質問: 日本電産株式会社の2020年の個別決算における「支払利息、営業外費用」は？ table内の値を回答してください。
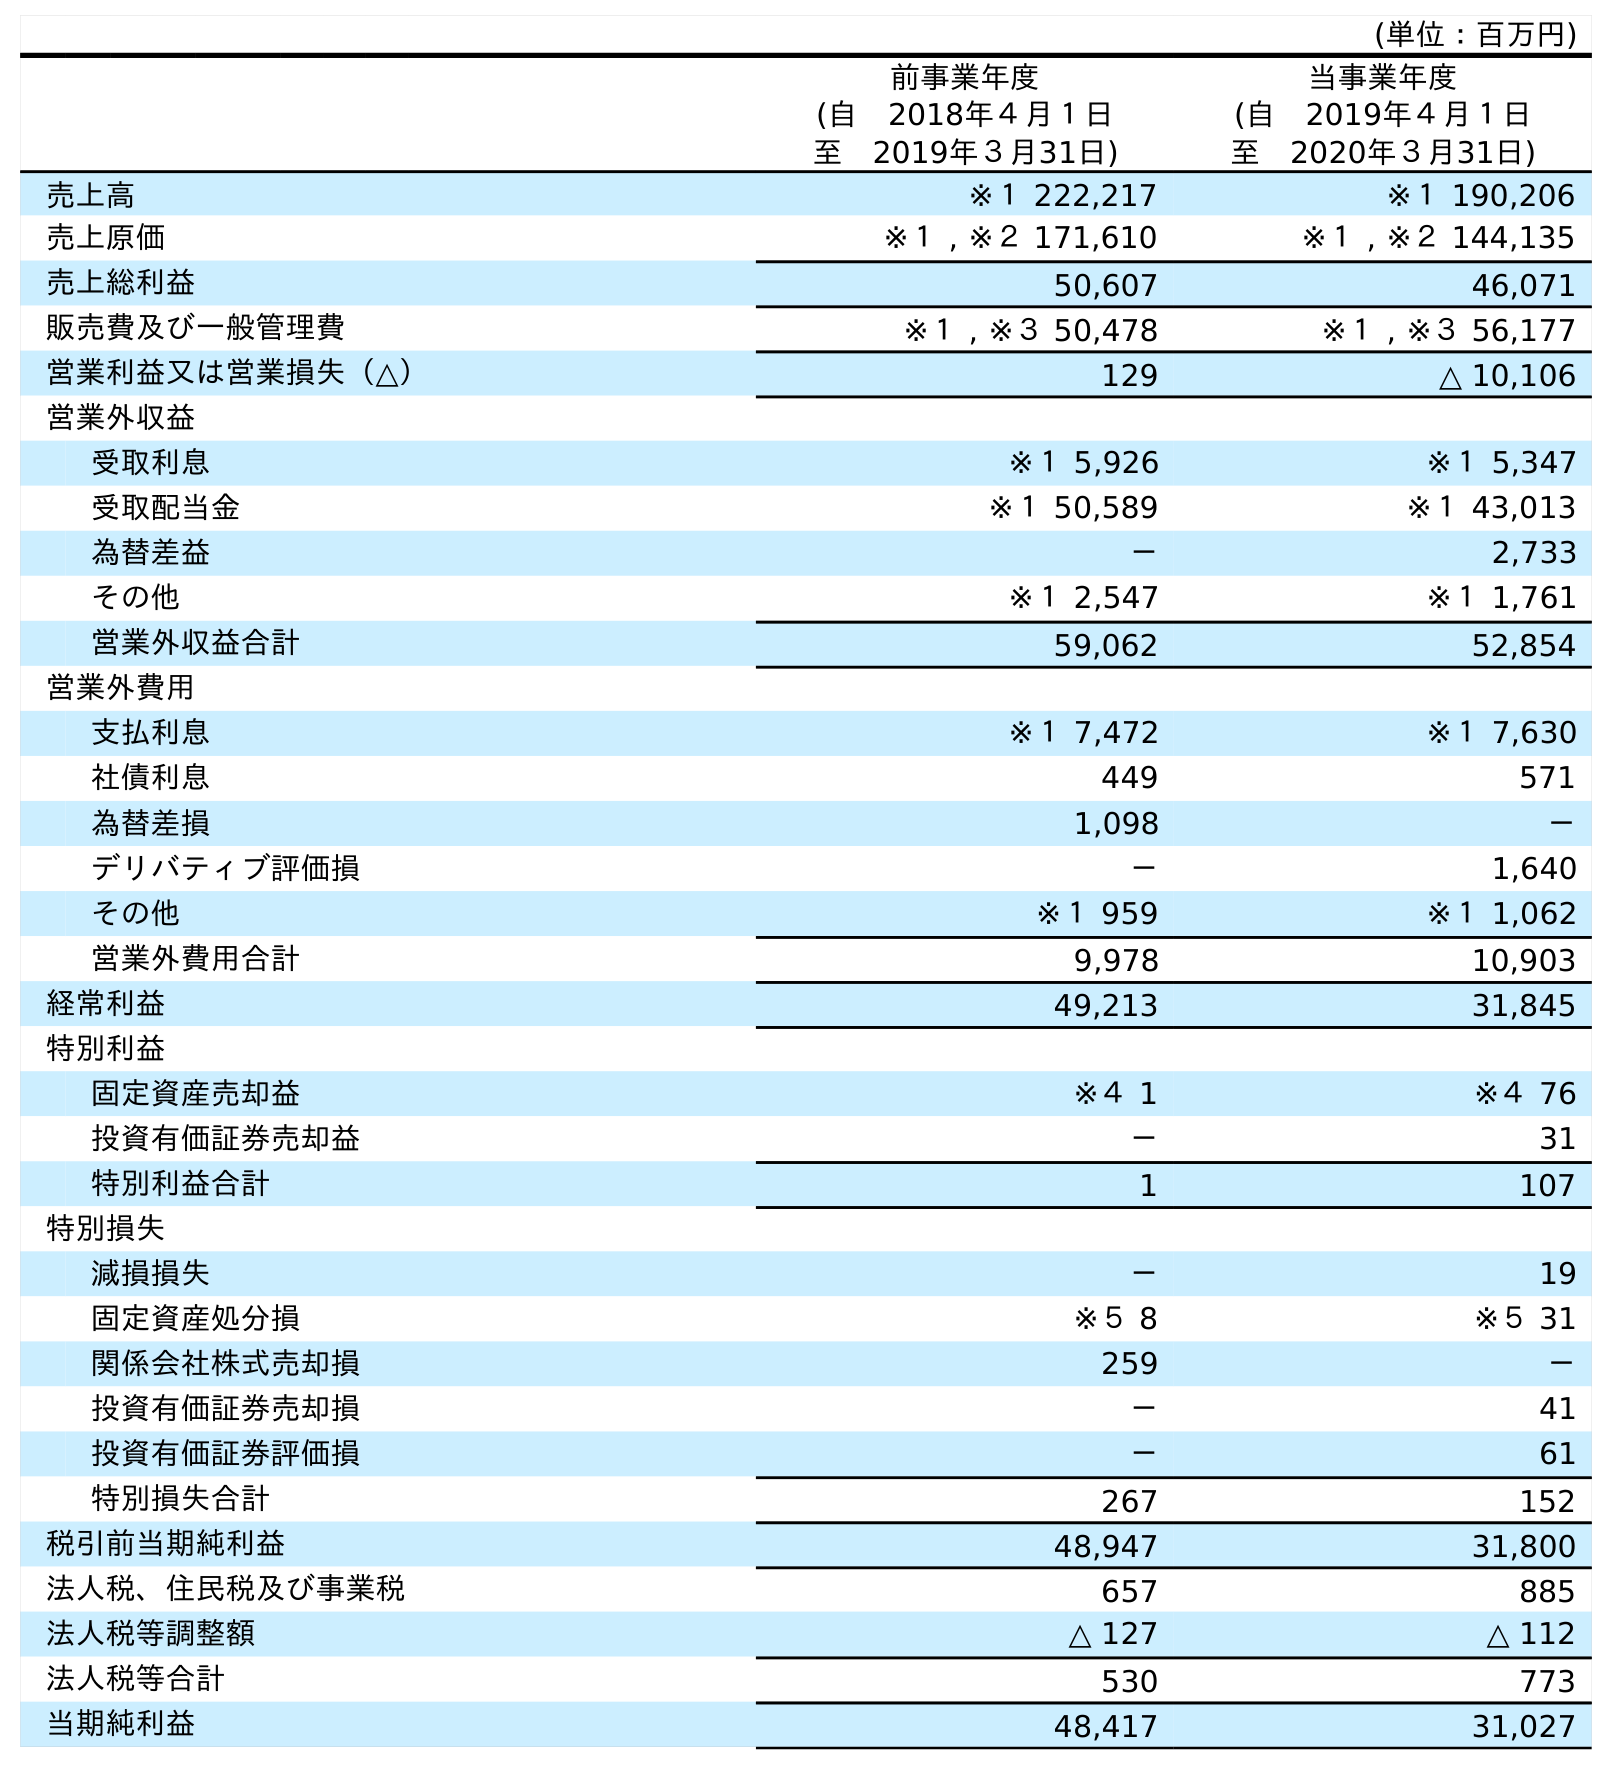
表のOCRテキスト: (単位：百万円) 前事業年度 (自 2018年４月１日 至 2019年３月31日) 当事業年度 (自 2019年４月１日 至 2020年３月31日) 売上高 ※１ 222,217 ※１ 190,206 売上原価 ※１ , ※２ 171,610 ※１ , ※２ 144,135 売上総利益 50,607 46,071 販売費及び一般管理費 ※１ , ※３ 50,478 ※１ , ※３ 56,177 営業利益又は営業損失（△） 129 △ 10,106 営業外収益 受取利息 ※１ 5,926 ※１ 5,347 受取配当金 ※１ 50,589 ※１ 43,013 為替差益 － 2,733 その他 ※１ 2,547 ※１ 1,761 営業外収益合計 59,062 52,854 営業外費用 支払利息 ※１ 7,472 ※１ 7,630 社債利息 449 571 為替差損 1,098 － デリバティブ評価損 － 1,640 その他 ※１ 959 ※１ 1,062 営業外費用合計 9,978 10,903 経常利益 49,213 31,845 特別利益 固定資産売却益 ※４ 1 ※４ 76 投資有価証券売却益 － 31 特別利益合計 1 107 特別損失 減損損失 － 19 固定資産処分損 ※５ 8 ※５ 31 関係会社株式売却損 259 － 投資有価証券売却損 － 41 投資有価証券評価損 － 61 特別損失合計 267 152 税引前当期純利益 48,947 31,800 法人税、住民税及び事業税 657 885 法人税等調整額 △ 127 △ 112 法人税等合計 530 773 当期純利益 48,417 31,027
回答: ※１7,630